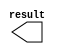
module lpm_constant_for_tests (
	result);

	output	[9:0]  result;

endmodule